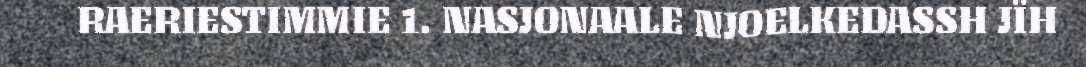
RAERIESTIMMIE 1. NASJONAALE NJOELKEDASSH JÏH